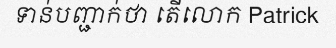
ទាន់បញ្ជាក់ថា តើលោក Patrick